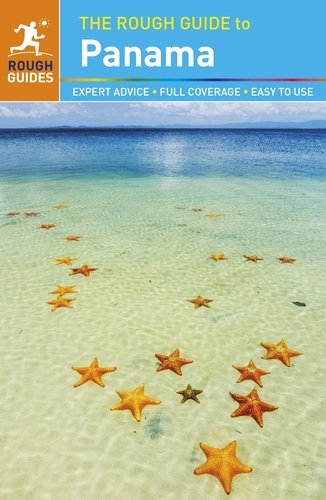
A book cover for The Rough Guide to Panama; Rough Guides; Travel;